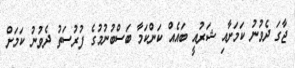
ޖާގަ ދެވުނު ކަމަށާއި ޝަރުއީ ބައެއް ކަންކަމާ ބަސްބުނުމުގެ ފުރުސަތު ދެވުނު ކަމަށް